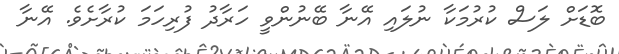
ބޮޑަށް ލަސް ކުރުމަކާ ނުލައި އޭނާ ބޭނުންވީ ހަރާދު ފުރިހަމަ ކުރާށެވެ. އޭނާ